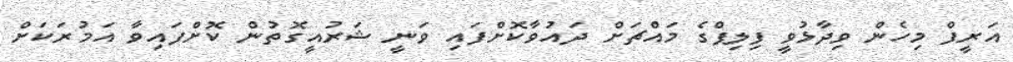
އަރީފް މިހެން ވިދާޅުވީ ފިލިޕްގެ މައްޗަށް ދައުވާކޮށްފައި ވަނީ ޝަރުއީގޮތުން ކޮށްފައިވާ އަމުރަކަށް